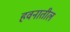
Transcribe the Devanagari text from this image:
हवनातील